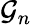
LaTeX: {\mathcal{G}}_{n}